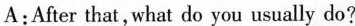
A:After that,what do you usually do?